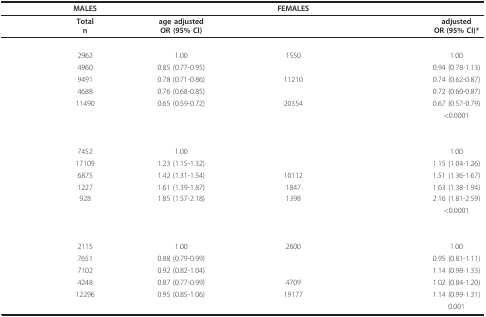
<table><thead><tr><td>[EMPTY_CELL]</td><td><b>MALES</b></td><td>[EMPTY_CELL]</td><td>[EMPTY_CELL]</td><td>[EMPTY_CELL]</td><td><b>FEMALES</b></td><td>[EMPTY_CELL]</td><td>[EMPTY_CELL]</td><td>[EMPTY_CELL]</td></tr></thead><tbody><tr><td>[EMPTY_CELL]</td><td><b>Total</b><b>n</b></td><td>[EMPTY_CELL]</td><td><b>age adjusted</b><b>OR (95% CI)</b></td><td>[EMPTY_CELL]</td><td>[EMPTY_CELL]</td><td>[EMPTY_CELL]</td><td>[EMPTY_CELL]</td><td><b>adjusted</b><b>OR (95% CI)*</b></td></tr><tr><td colspan="2">[EMPTY_CELL]</td><td>[EMPTY_CELL]</td><td>[EMPTY_CELL]</td><td>[EMPTY_CELL]</td><td>[EMPTY_CELL]</td><td>[EMPTY_CELL]</td><td>[EMPTY_CELL]</td><td>[EMPTY_CELL]</td></tr><tr><td>[EMPTY_CELL]</td><td>2962</td><td>[EMPTY_CELL]</td><td>1.00</td><td>[EMPTY_CELL]</td><td>1550</td><td>[EMPTY_CELL]</td><td>[EMPTY_CELL]</td><td>1.00</td></tr><tr><td>[EMPTY_CELL]</td><td>4960</td><td>[EMPTY_CELL]</td><td>0.85 (0.77-0.95)</td><td>[EMPTY_CELL]</td><td>[EMPTY_CELL]</td><td>[EMPTY_CELL]</td><td>[EMPTY_CELL]</td><td>0.94 (0.78-1.13)</td></tr><tr><td>[EMPTY_CELL]</td><td>9491</td><td>[EMPTY_CELL]</td><td>0.78 (0.71-0.86)</td><td>[EMPTY_CELL]</td><td>11210</td><td>[EMPTY_CELL]</td><td>[EMPTY_CELL]</td><td>0.74 (0.62-0.87)</td></tr><tr><td>[EMPTY_CELL]</td><td>4688</td><td>[EMPTY_CELL]</td><td>0.76 (0.68-0.85)</td><td>[EMPTY_CELL]</td><td>[EMPTY_CELL]</td><td>[EMPTY_CELL]</td><td>[EMPTY_CELL]</td><td>0.72 (0.60-0.87)</td></tr><tr><td>[EMPTY_CELL]</td><td>11490</td><td>[EMPTY_CELL]</td><td>0.65 (0.59-0.72)</td><td>[EMPTY_CELL]</td><td>20354</td><td>[EMPTY_CELL]</td><td>[EMPTY_CELL]</td><td>0.67 (0.57-0.79)</td></tr><tr><td>[EMPTY_CELL]</td><td>[EMPTY_CELL]</td><td>[EMPTY_CELL]</td><td>[EMPTY_CELL]</td><td>[EMPTY_CELL]</td><td>[EMPTY_CELL]</td><td>[EMPTY_CELL]</td><td>[EMPTY_CELL]</td><td>&lt;0.0001</td></tr><tr><td colspan="2">[EMPTY_CELL]</td><td>[EMPTY_CELL]</td><td>[EMPTY_CELL]</td><td>[EMPTY_CELL]</td><td>[EMPTY_CELL]</td><td>[EMPTY_CELL]</td><td>[EMPTY_CELL]</td><td>[EMPTY_CELL]</td></tr><tr><td>[EMPTY_CELL]</td><td>7452</td><td>[EMPTY_CELL]</td><td>1.00</td><td>[EMPTY_CELL]</td><td>[EMPTY_CELL]</td><td>[EMPTY_CELL]</td><td>[EMPTY_CELL]</td><td>1.00</td></tr><tr><td>[EMPTY_CELL]</td><td>17109</td><td>[EMPTY_CELL]</td><td>1.23 (1.15-1.32)</td><td>[EMPTY_CELL]</td><td>[EMPTY_CELL]</td><td>[EMPTY_CELL]</td><td>[EMPTY_CELL]</td><td>1.15 (1.04-1.26)</td></tr><tr><td>[EMPTY_CELL]</td><td>6875</td><td>[EMPTY_CELL]</td><td>1.42 (1.31-1.54)</td><td>[EMPTY_CELL]</td><td>10112</td><td>[EMPTY_CELL]</td><td>[EMPTY_CELL]</td><td>1.51 (1.36-1.67)</td></tr><tr><td>[EMPTY_CELL]</td><td>1227</td><td>[EMPTY_CELL]</td><td>1.61 (1.39-1.87)</td><td>[EMPTY_CELL]</td><td>1847</td><td>[EMPTY_CELL]</td><td>[EMPTY_CELL]</td><td>1.63 (1.38-1.94)</td></tr><tr><td>[EMPTY_CELL]</td><td>928</td><td>[EMPTY_CELL]</td><td>1.85 (1.57-2.18)</td><td>[EMPTY_CELL]</td><td>1398</td><td>[EMPTY_CELL]</td><td>[EMPTY_CELL]</td><td>2.16 (1.81-2.59)</td></tr><tr><td>[EMPTY_CELL]</td><td>[EMPTY_CELL]</td><td>[EMPTY_CELL]</td><td>[EMPTY_CELL]</td><td>[EMPTY_CELL]</td><td>[EMPTY_CELL]</td><td>[EMPTY_CELL]</td><td>[EMPTY_CELL]</td><td>&lt;0.0001</td></tr><tr><td colspan="2">[EMPTY_CELL]</td><td>[EMPTY_CELL]</td><td>[EMPTY_CELL]</td><td>[EMPTY_CELL]</td><td>[EMPTY_CELL]</td><td>[EMPTY_CELL]</td><td>[EMPTY_CELL]</td><td>[EMPTY_CELL]</td></tr><tr><td>[EMPTY_CELL]</td><td>2115</td><td>[EMPTY_CELL]</td><td>1.00</td><td>[EMPTY_CELL]</td><td>2600</td><td>[EMPTY_CELL]</td><td>[EMPTY_CELL]</td><td>1.00</td></tr><tr><td>[EMPTY_CELL]</td><td>7651</td><td>[EMPTY_CELL]</td><td>0.88 (0.79-0.99)</td><td>[EMPTY_CELL]</td><td>[EMPTY_CELL]</td><td>[EMPTY_CELL]</td><td>[EMPTY_CELL]</td><td>0.95 (0.81-1.11)</td></tr><tr><td>[EMPTY_CELL]</td><td>7102</td><td>[EMPTY_CELL]</td><td>0.92 (0.82-1.04)</td><td>[EMPTY_CELL]</td><td>[EMPTY_CELL]</td><td>[EMPTY_CELL]</td><td>[EMPTY_CELL]</td><td>1.14 (0.98-1.33)</td></tr><tr><td>[EMPTY_CELL]</td><td>4248</td><td>[EMPTY_CELL]</td><td>0.87 (0.77-0.99)</td><td>[EMPTY_CELL]</td><td>4709</td><td>[EMPTY_CELL]</td><td>[EMPTY_CELL]</td><td>1.02 (0.84-1.20)</td></tr><tr><td>[EMPTY_CELL]</td><td>12296</td><td>[EMPTY_CELL]</td><td>0.95 (0.85-1.06)</td><td>[EMPTY_CELL]</td><td>19177</td><td>[EMPTY_CELL]</td><td>[EMPTY_CELL]</td><td>1.14 (0.99-1.31)</td></tr><tr><td>[EMPTY_CELL]</td><td>[EMPTY_CELL]</td><td>[EMPTY_CELL]</td><td>[EMPTY_CELL]</td><td>[EMPTY_CELL]</td><td>[EMPTY_CELL]</td><td>[EMPTY_CELL]</td><td>[EMPTY_CELL]</td><td>0.001</td></tr></tbody></table>